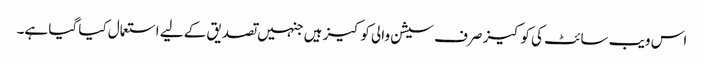
اس ویب سائٹ کی کوکیز صرف سیشن والی کوکیز ہیں جنہیں تصدیق کے لیے استعمال کیا گیا ہے۔